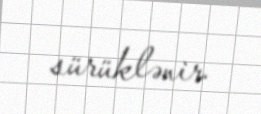
sürüklənir.